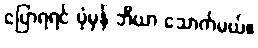
ပြောရရင် ပုံမှန် ဘီယာ သောက်မယ်။